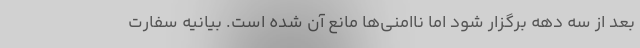
بعد از سه دهه برگزار شود اما ناامنی‌ها مانع آن شده است. بیانیه سفارت